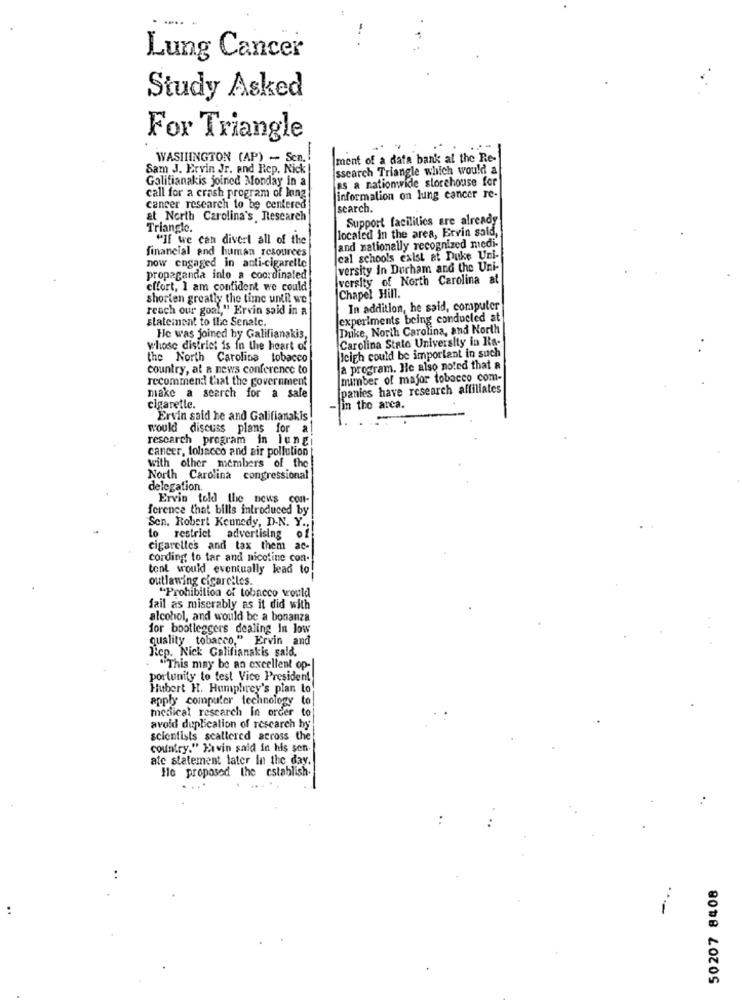
Lung Cancer
Study Asked
For Triangle
-
WASHIINGTON (AP) - Sen.
ment of a data bank al the Re-
Sam J. Ervin Jr. and Rep. Nick !
Issearch Triangle which would a
Galifianakis joined Monday in a
as a nationwide slorchouse for
call for a crash program of long
information on lung cancer re-
cancer research to be centered
search.
at North Carolina's Rescarch
Support facilities are already
Triangle.
located in the area, Ervin said,
"If we can divert all of the
and nationally recognized medi-
financial and human resources
cal schools exist at Duke Uni-
now engaged in anti-cigarette
versity In Durham and the Uni-
propaganda into a coordinated!
versity of North Carolina at
effort, I am confident we could
shorten greatly the time until we
Chapel Hill.
reach our goal," Ervin said in a
In addition, he said, computer
statement to the Senale.
experiments being conducted at
Duke, North Carolina, and North
He was joined by Galifianakis,
Carolina State University in Ra-
whose district is in the heart of
the North Carolina tobacco
Jcigh could be important in such
country, at a news conference to
a program. Ile also noted that R
recommend that the government
number of major tobacco com-
panies have research affiliates
make a search for a safe
cigaretle.
in the area.
Ervin said he and Galifianakis
would discuss plans for a
research program in lungi
cancer, tobacco and air pollution
with other members of the
North Carolina congressional
delegation.
Ervin told the news con-
ference that bills introduced by
Sen. Robert Kennedy, D.N. Y .,
to restrict advertising of
cigarelles and tax them ac-
cording to tar and nicotine con-
tent would eventually lead to
outlawing cigaretles
"Prohibition of tobacco vrould
fail as miserably as it did with
alcohol, and would be a bonanza
for bootleggers dealing in low
quality tobacco," Ervin and
Rep. Nick Galifianakis sald.
"This may be an excellent op-
portunity to test Vice President
Hubert H. Humphrey's plan to
apply computer technology to
medical research In order to
avold duplication of rescarch by
scientists scattered across the
country." Ja win said in his sen.
atc statement later In the day.
He proposed the establish.
50207 8408